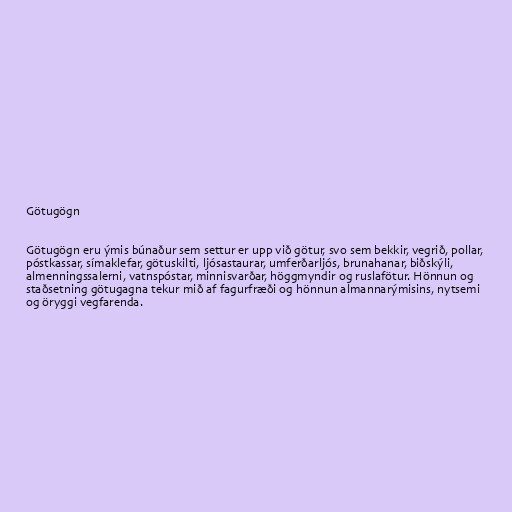
Götugögn

Götugögn eru ýmis búnaður sem settur er upp við götur, svo sem bekkir, vegrið, pollar,
póstkassar, símaklefar, götuskilti, ljósastaurar, umferðarljós, brunahanar, biðskýli,
almenningssalerni, vatnspóstar, minnisvarðar, höggmyndir og ruslafötur. Hönnun og
staðsetning götugagna tekur mið af fagurfræði og hönnun almannarýmisins, nytsemi
og öryggi vegfarenda.